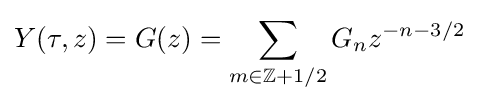
Y(\tau ,z)=G(z)=\sum _{m\in \mathbb {Z} +1/2}G_{n}z^{-n-3/2}